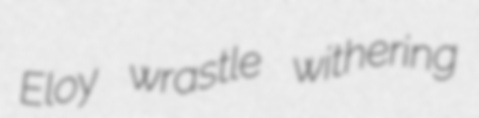
Eloy wrastle withering